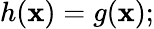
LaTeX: h(\mathbf{x})=g(\mathbf{x});